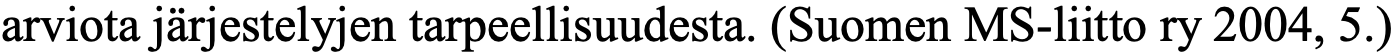
arviota järjestelyjen tarpeellisuudesta. (Suomen MS-liitto ry 2004, 5.)